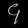
Digit: ၄